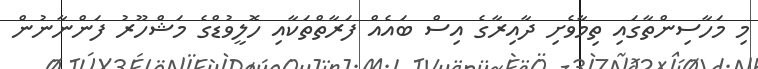
މި މަހާސިންތާގައި ތިމާވެށި ދާއިރާގެ އިސް ބައެއް ފަރާތްތަކާއި ހޮލީވުޑްގެ މަޝްހޫރު ފަންނާނުން